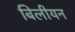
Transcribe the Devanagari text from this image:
बिलीयन